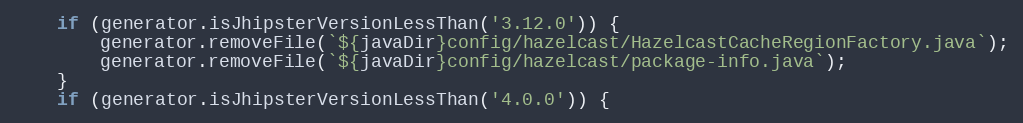
Language: JavaScript
    if (generator.isJhipsterVersionLessThan('3.12.0')) {
        generator.removeFile(`${javaDir}config/hazelcast/HazelcastCacheRegionFactory.java`);
        generator.removeFile(`${javaDir}config/hazelcast/package-info.java`);
    }
    if (generator.isJhipsterVersionLessThan('4.0.0')) {